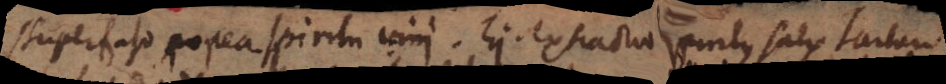
superfuso postea spiritu vini. Ejus extractio spiritus salis tartari